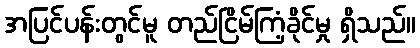
အပြင်ပန်းတွင်မူ တည်ငြိမ်ကြံ့ခိုင်မှု ရှိသည်။